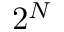
2 ^ { N }